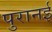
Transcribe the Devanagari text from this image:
पुरानई